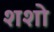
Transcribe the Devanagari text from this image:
शशो